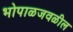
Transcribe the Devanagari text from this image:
भोपाळजवळील